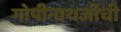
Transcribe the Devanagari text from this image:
गोपीनाथजींची